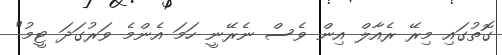
ގޮތުގައި މިރޭ ރެއާލް އިން ވެސް ނެރޭނީ ހަމަ އެންމެ ވަރުގަދަ ޓީމު"